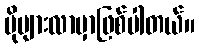
ပိုများလာမှာဖြစ်ပါတယ်။